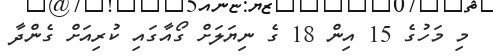
މި މަހުގެ 15 އިން 18 ގެ ނިޔަލަށް ގޯއާގައި ކުރިއަށް ގެންދާ